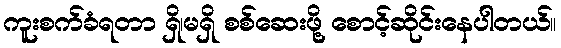
ကူးစက်ခံရတာ ရှိ၊မရှိ စစ်ဆေးဖို့ စောင့်ဆိုင်းနေပါတယ်။